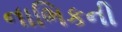
નાભિકની